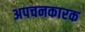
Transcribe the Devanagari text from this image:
अपचनकारक